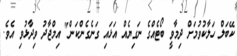
ކޭބަލް ހަލާކުވުމަށް ދިމާވީ ބޯޓެއްގެ ނަގިޔެއް އަޅައި ގަނެގެންކަން" އިމްޖާދު ވިދާޅުވި އެވެ.